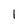
Character: l